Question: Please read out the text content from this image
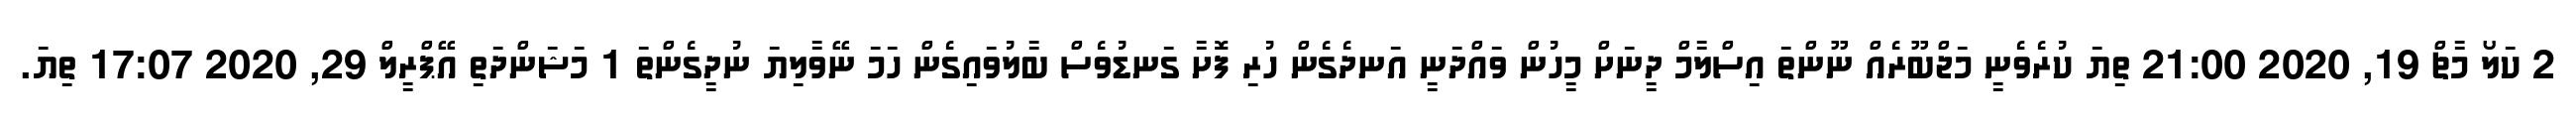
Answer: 2 ކަލޯ މާޗް 19, 2020 21:00 ތިޔަ ކުރެވެނީ މަޖްބޫރެއް ނޫންތަ އިސްލާމް ދީނަށް މީހުން ވައްދަނީ އަނދެގެން ހުރި ފޮށާ ގަނޑުވެސް ބާލުވައިގެން ހަމަ ނޭވާލިޔަ ނުދީގެންތަ 1 މަޝަންދަތި އޭޕްރީލް 29, 2020 17:07 ތިޔަ.